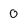
Character: 0